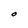
Character: O